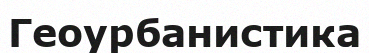
Геоурбанистика